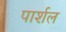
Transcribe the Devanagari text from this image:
पार्शल